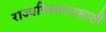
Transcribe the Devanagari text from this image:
राज्यविस्तारासाठी